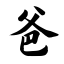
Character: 爸